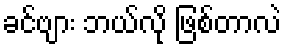
ခင်ဗျား ဘယ်လို ဖြစ်တာလဲ